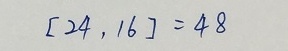
[ 2 4 , 1 6 ] = 4 8